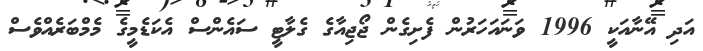
އަދި އޭނާއަކީ 1996 ވަނައަހަރުން ފެށިގެން ޖޯޖިއާގެ ގެލާޓީ ސައެންސް އެކަޑެމީގެ މެމްބަރެއްވެސް